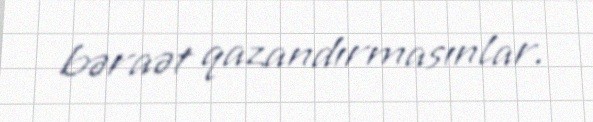
bəraət qazandırmasınlar.